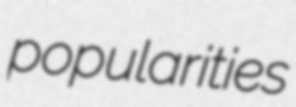
popularities